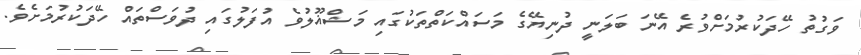
ވަގުތު ހޭދަކުރުމަށްވުރެ އޭނަ ބަލަނީ ދުނިޔޭގެ މަސައްކަތްތަކުގައި މަޝްޣޫލުވެ އުފަލުގައި ދުވަސްތައް ހޭދަކުރުމަށެވެ.